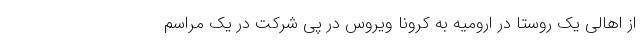
از اهالی یک روستا در ارومیه به کرونا ویروس در پی شرکت در یک مراسم